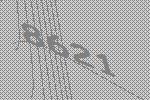
8621